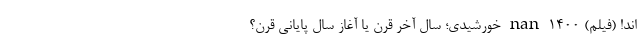
اند! (فیلم) nan 1400 خورشیدی؛ سال آخر قرن یا آغازِ سال پایانیِ قرن؟